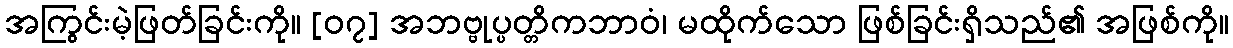
အကြွင်းမဲ့ဖြတ်ခြင်းကို။ [၀၇] အဘဗ္ဗုပ္ပတ္တိကဘာဝံ၊ မထိုက်သော ဖြစ်ခြင်းရှိသည်၏ အဖြစ်ကို။